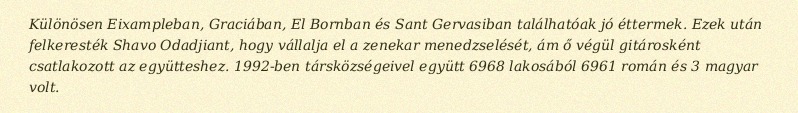
Különösen Eixampleban, Graciában, El Bornban és Sant Gervasiban találhatóak jó éttermek. Ezek után felkeresték Shavo Odadjiant, hogy vállalja el a zenekar menedzselését, ám ő végül gitárosként csatlakozott az együtteshez. 1992-ben társközségeivel együtt 6968 lakosából 6961 román és 3 magyar volt.